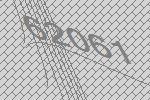
62061